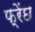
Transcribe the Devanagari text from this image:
फ्रेंछ